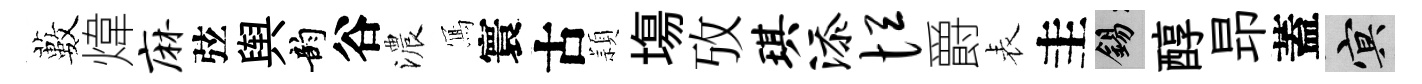
藪煒麻弦舆韵谷濃𭂁寰古頴塲攷琪添恒爵表圭錫醇昻蓋冥